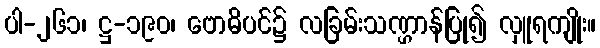
ပါ-၂၆၁၊ ဋ္ဌ-၁၉၀၊ ဗောဓိပင်၌ လခြမ်းသဏ္ဌာန်ပြု၍ လှူရကျိုး။